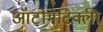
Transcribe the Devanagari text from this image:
ऑटोमेटिक्ली